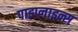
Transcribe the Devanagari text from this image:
पाइप्लाइन्स